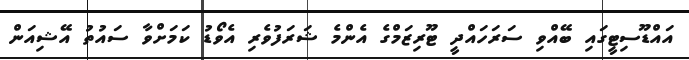
އައްޑޫސިޓީގައި ބޭއްވި ސަރަހައްދީ ޓޫރިޒަމްގެ އެންމެ ޝަރަފުވެރި އެވޯޑު ކަމަށްވާ ސައުތު އޭޝިއަން